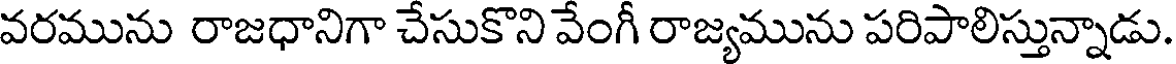
వరమును రాజధానిగా చేసుకొని వేంగీ రాజ్యమును పరిపాలిస్తున్నాడు.